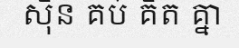
ស៊ិន គប់ គិត គ្នា